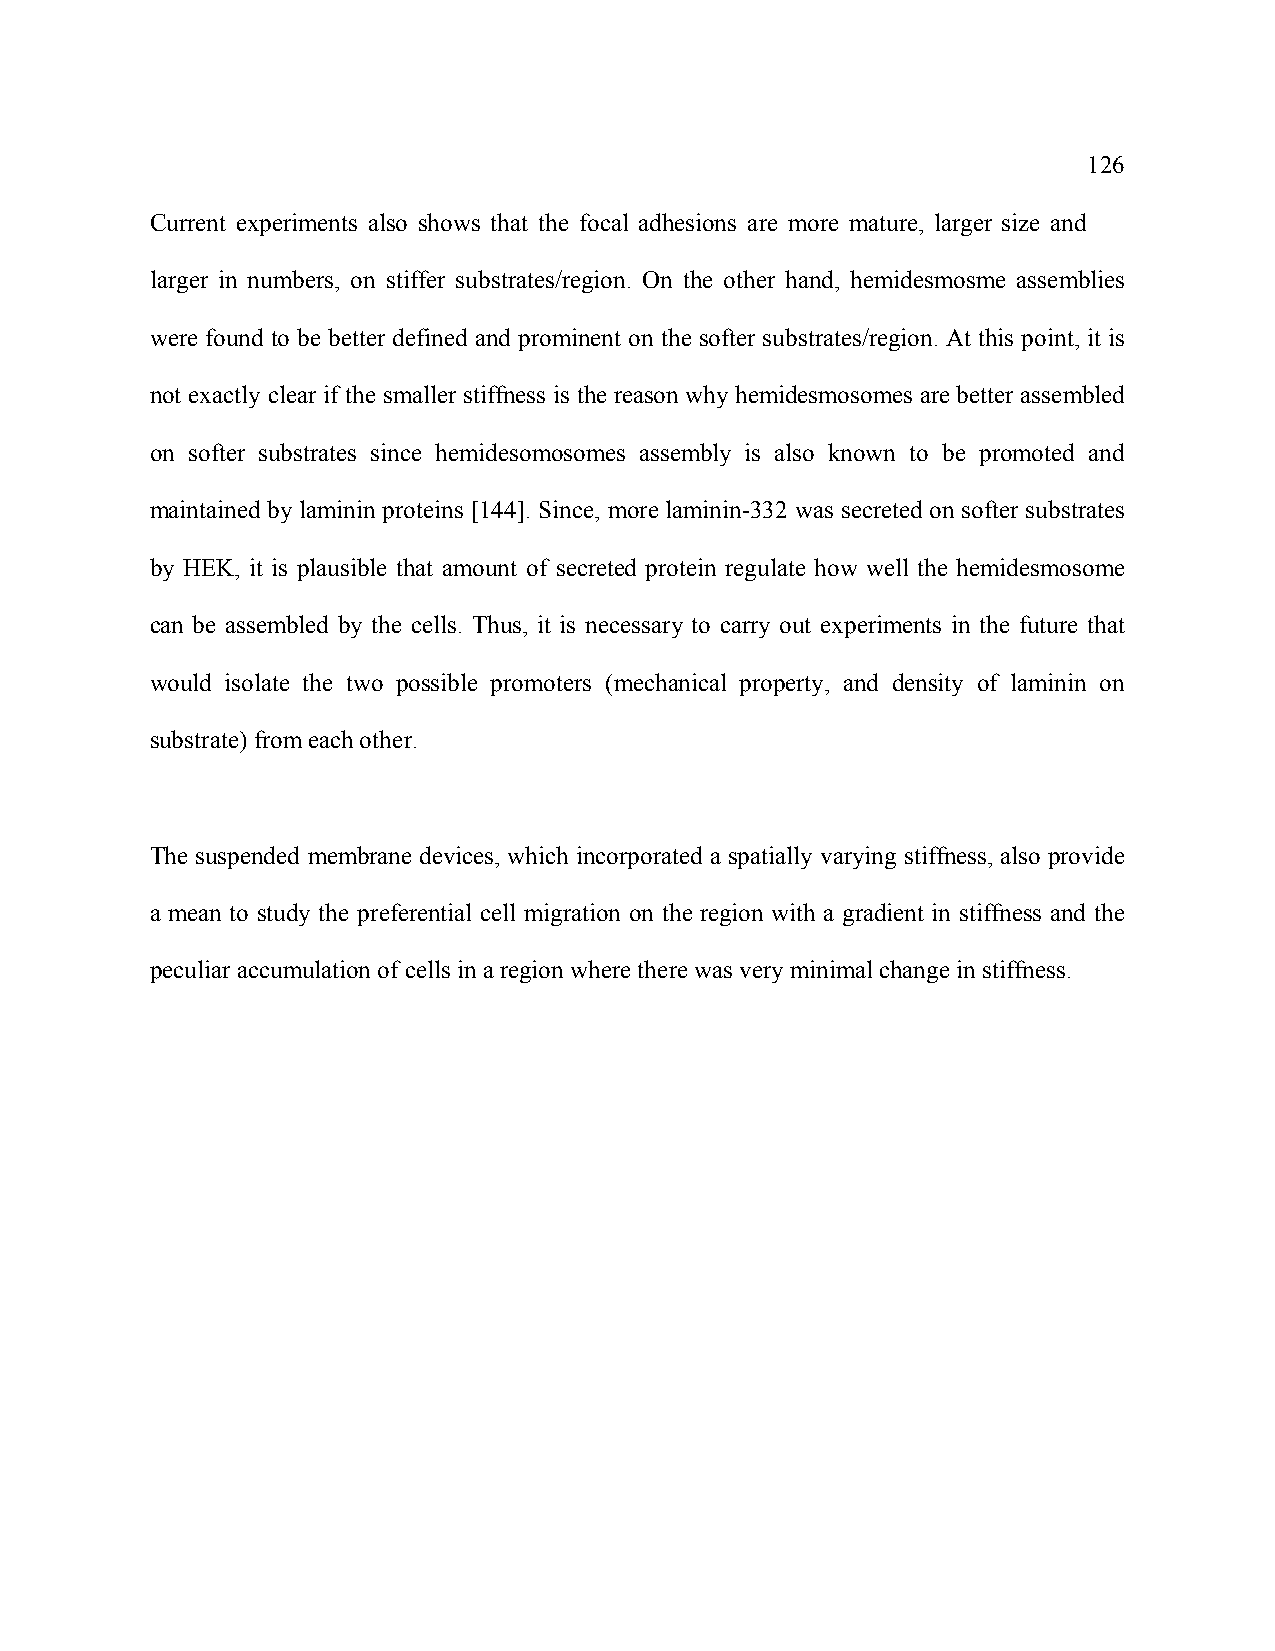
126
 Current experiments also shows that the focal adhesions are more mature, larger size and
 larger in numbers, on stiffer substrates/region. On the other hand, hemidesmosme assemblies
 were found to be better defined and prominent on the softer substrates/region. At this point, it is
 not exactly clear if the smaller stiffness is the reason why hemidesmosomes are better assembled
 on softer substrates since hemidesomosomes assembly is also known to be promoted and
 maintained by laminin proteins [144]. Since, more laminin-332 was secreted on softer substrates
 by HEK, it is plausible that amount of secreted protein regulate how well the hemidesmosome
 can be assembled by the cells. Thus, it is necessary to carry out experiments in the future that
 would isolate the two possible promoters (mechanical property, and density of laminin on
 substrate) from each other.
 The suspended membrane devices, which incorporated a spatially varying stiffness, also provide
 a mean to study the preferential cell migration on the region with a gradient in stiffness and the
 peculiar accumulation of cells in a region where there was very minimal change in stiffness.